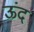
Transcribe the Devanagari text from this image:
ऊंद